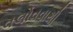
વલોવવાથી